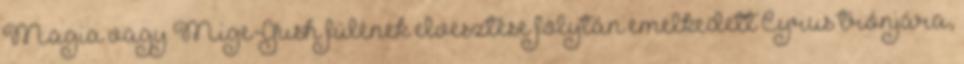
Magia vagy Mige-Gush fülének elvesztése folytán emelkedett Cyrus trónjára,